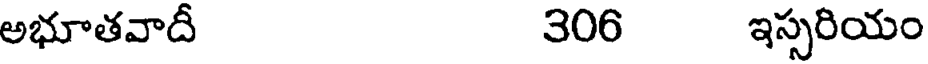
అభూతవాదీ 306 ఇస్సరియం